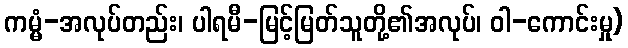
ကမ္မံ-အလုပ်တည်း၊ ပါရမီ-မြင့်မြတ်သူတို့၏အလုပ်၊ ဝါ-ကောင်းမှု)